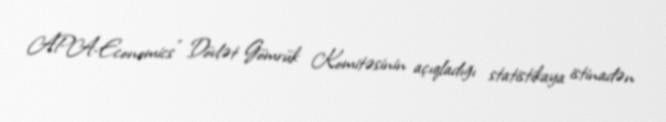
APA-Economics" Dövlət Gömrük Komitəsinin açıqladığı statistikaya istinadən